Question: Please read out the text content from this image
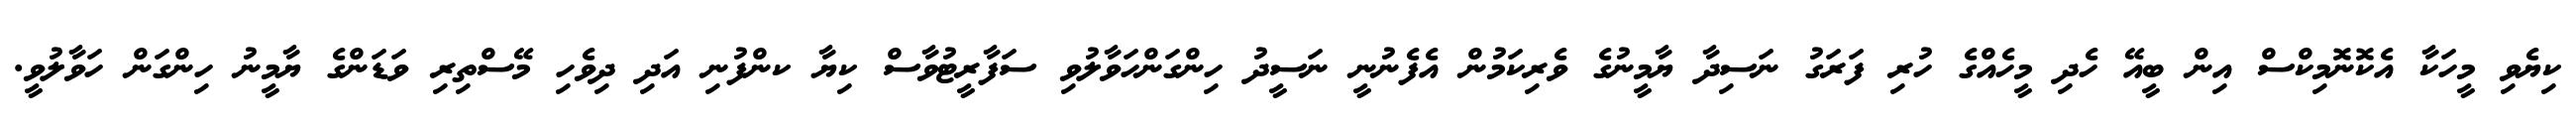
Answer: ކިޔެވި މީހަކާ އެކޮނޮމިކްސް އިން ބީއޭ ހެދި މީހެއްގެ ހުރި ފަރަގު ނަސިދާ ޔާމީނުގެ ވެރިކަމުން އެފެނުނީ ނަސީދު ހިންގަންހަވާލުވި ސަފާރީޓުވާސް ކިޔާ ކންފުނި އަދި ދިވެހި މޭސްތިރި ވަޑަންގެ ޔާމީނު ހިންގަން ހަވާލުވީ.